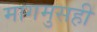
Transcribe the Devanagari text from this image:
मागमुसही